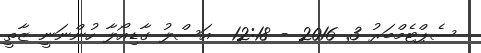
ސެޕްޓެމްބަރު 3